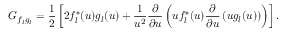
G _ { f _ { l } g _ { l } } = \frac { 1 } { 2 } \left[ 2 f _ { l } ^ { * } ( u ) g _ { l } ( u ) + \frac { 1 } { u ^ { 2 } } \frac { \partial } { \partial u } \left( u f _ { l } ^ { * } ( u ) \frac { \partial } { \partial u } \left( u g _ { l } ( u ) \right) \right) \right] .